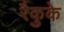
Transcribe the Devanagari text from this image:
रैकुके